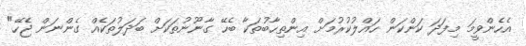
އެހެންވީމަ މިފަދަ ކަންކަން ހައްލުކުރުމަށް އިންތިހާބުތަކާ ބެހޭ ގާނޫނުތަކަށް ބަދަލުތަކެއް ގެންނަން ޖެހޭ"